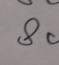
Signature authenticity: genuine